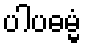
ပါပဓမ္မံ